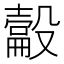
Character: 𰚉